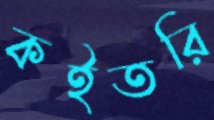
কইতরি